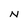
Character: N